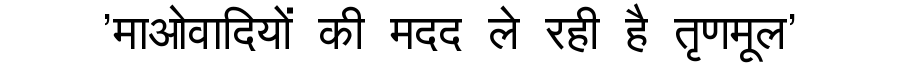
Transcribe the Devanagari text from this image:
'माओवादियों की मदद ले रही है तृणमूल'